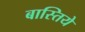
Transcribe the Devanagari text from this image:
बास्तिये